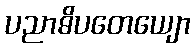
ပညာဓိပတေယျော